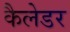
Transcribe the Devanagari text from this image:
कैलेडर